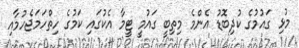
މުޅި ގައުމުގެ ކުދިބޮޑު އެންމެ މިތިބީ ގައުމީ ޓީމާ އެކުގައި ކަމުގެ ހިތްހަމަޖެހުމާއި